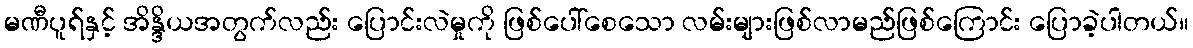
မဏီပူရ်နှင့် အိန္ဒိယအတွက်လည်း ပြောင်းလဲမှုကို ဖြစ်ပေါ်စေသော လမ်းများဖြစ်လာမည်ဖြစ်ကြောင်း ပြောခဲ့ပါတယ်။